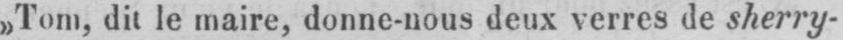
»Tom, dit le maire, donne-nous deux verres de sherry-